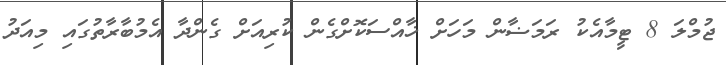
ޖުމްލަ 8 ޓީމާއެކު ރަމަޟާން މަހަށް ޚާއްސަކޮށްގެން ކުރިއަށް ގެންދާ އެމުބާރާތުގައި މިއަދު